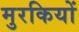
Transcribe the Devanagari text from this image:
मुरकियों